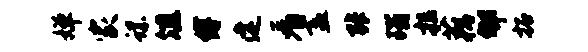
婵家螺俎缚建看盍张瑙拉藕郇拓